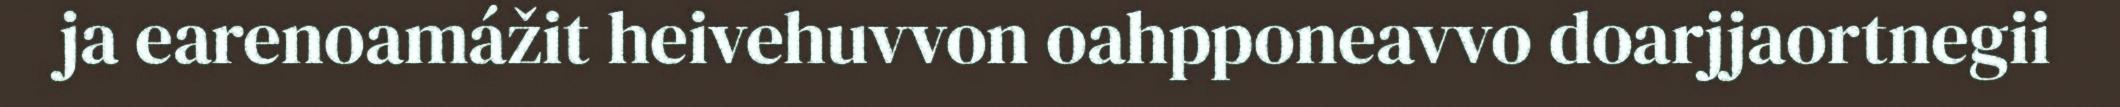
ja earenoamážit heivehuvvon oahpponeavvo doarjjaortnegii